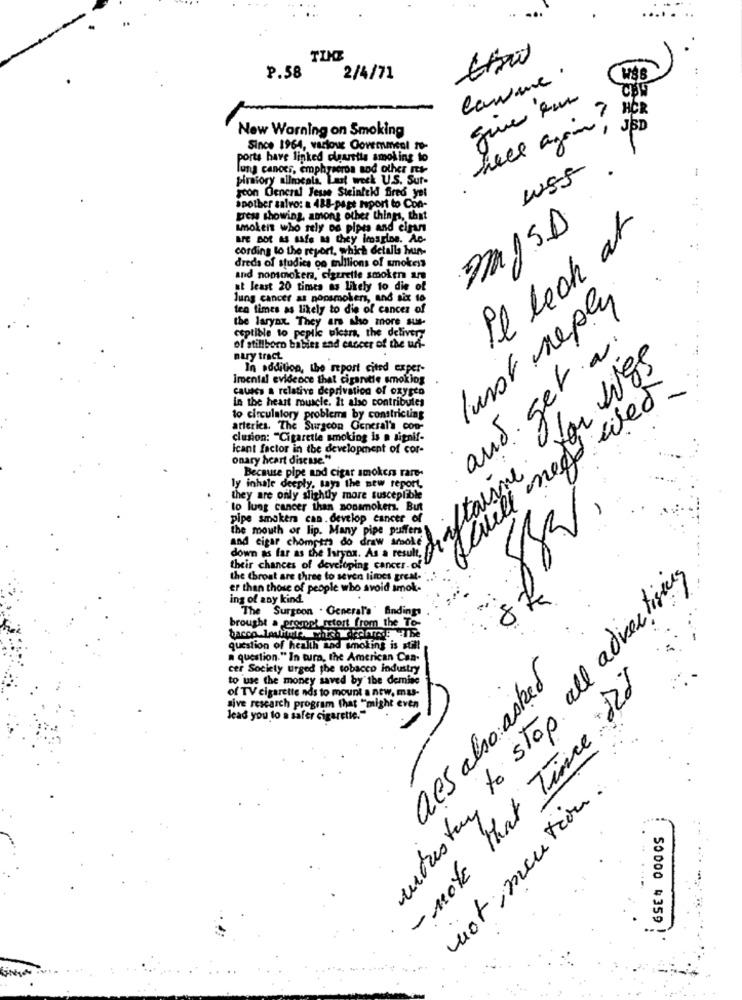
TIKE
P.58
2/4/71
Comme.
gine em
HCR
New Warning on Smoking
fille again ,
JSD
Since 1964, various Oovemmeel to-
ports have linked olguretts smoking to
-
lung canoes, emphyseros sod other Is-
WSS
piratory ailocala. Last week U.S. Sur-
ycon Oeneral Jesse Steinftkl fired yet
Spother salvo: a 488-page Isport to Con-
tress showing, among other things, that
smoker who sely od pipes and cigar
m/SD
Il look at
are Not as safe As they imagine. AB.
cording to the report, which detalls hun-
dreds of studics oo millions of smokess
and nomsmoker, cigarette smoke ar
at least 20 times as likely to die of
Jung cancer as nonsmokers, and six to
lust reply
ten times as likely to die of cancer of
the larynx. They are sho more sus-
ceptible to peptic ulcers, the delivery
and. get a.
of stillboro babies and cancer of the uni-
nary tract
for wes
In addition, the report cited exper-
imental evidence that cigarette smoking
causes a relative deprivation of oxygen
fwwill need wet
in the heart muscle. It also contribules
to circulatory problems by constricting
arteries. The Surgeon General's con-
clusion: "Cigarette smoking is a signif-
Icant factor in the development of cor-
onary heart disease."
Because pipe and cigar smokers rare-
ly inhale deeply, says the new report,
they are only slightly more susceptible
driftals
to lung cancer than nonsmokers. But
pipe smokers can . develop cancer of
the mouth or lip. Many pipe puffers
and cigar chomptt do draw srole
their chances of developing cancer.of
the throat are three to seven times great-
intrestry to stop all advertising
er than those of people who avoid smok-
ing of any kind.
The Surgeon . General'a' Bindings
brought a prompt retort from the To-
8
question of health and smoking is still
a question." In tura, the American Can-
cer Society urged the tobacco industry
to use the money saved by ibe demise
- note that Time D2d
als also asked
of TV cigarette nds to mount a new. mas-
sive research program that "might even
lead you to a safer cigarette."
not mention.